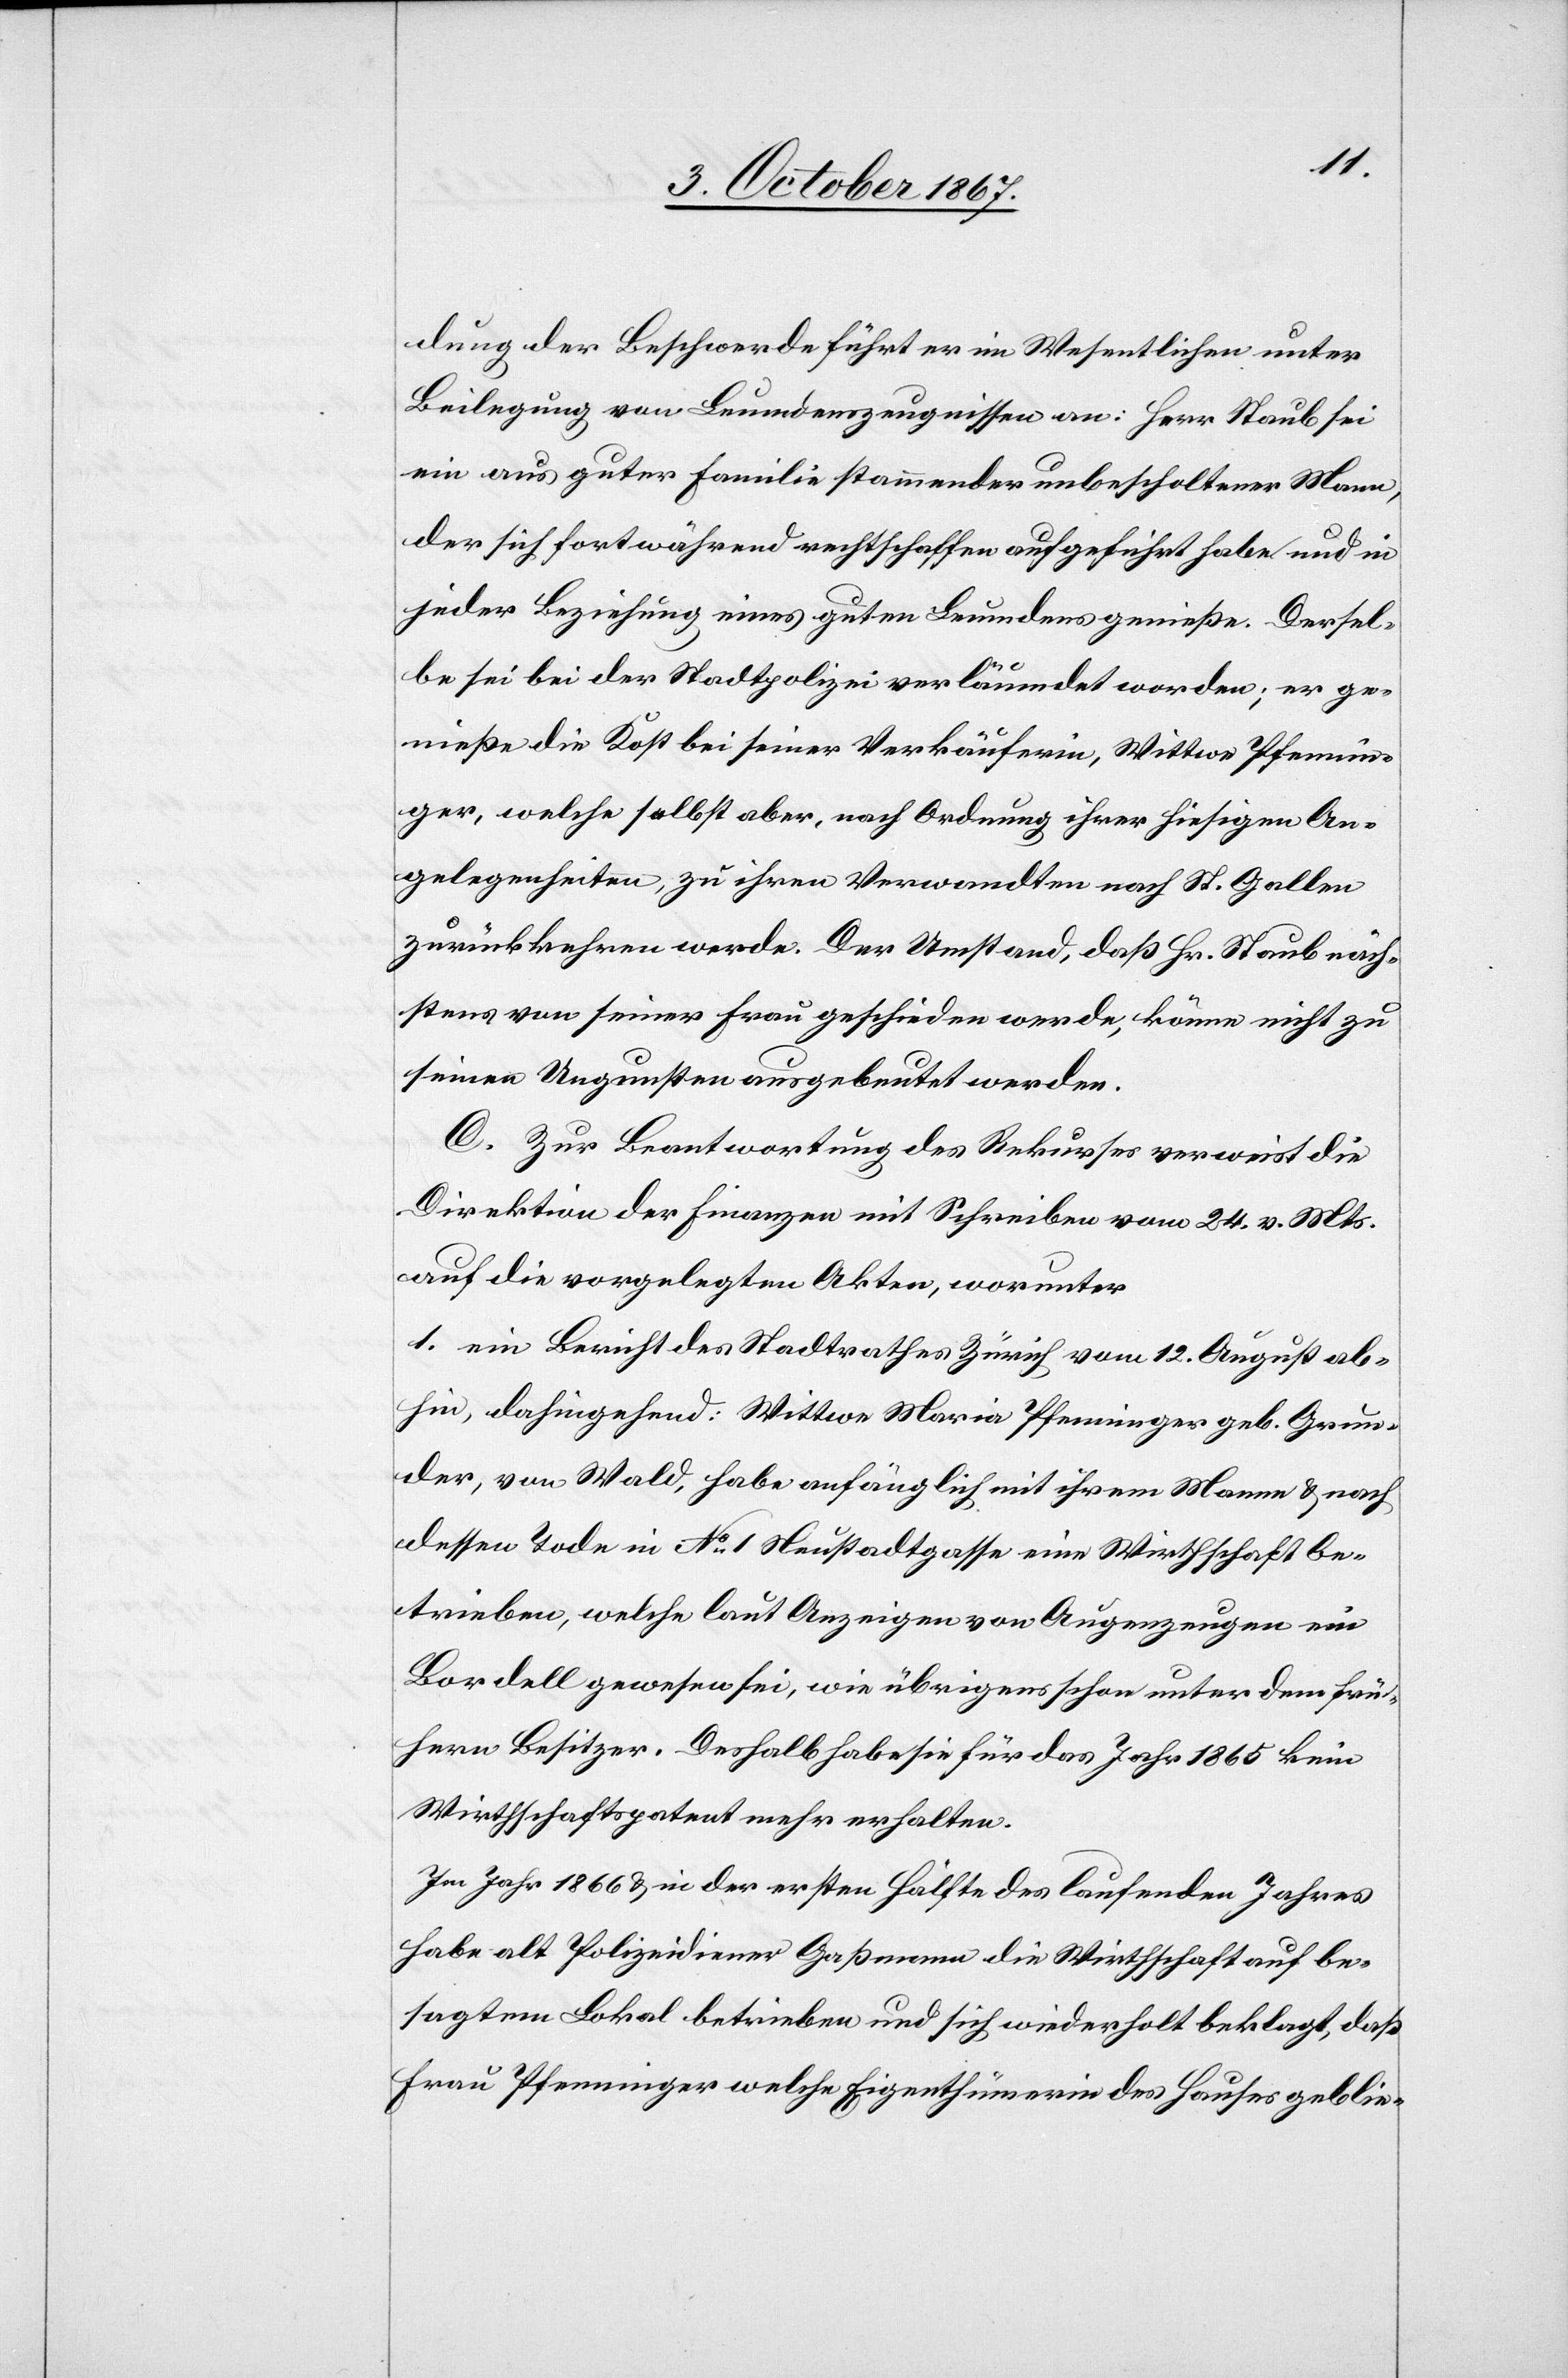
dung der Beschwerde führt er im Wesentlichen unter
Beilegung von Leumdenszeugnissen an: Herr Staub sei
ein aus guter Familie stammender unbescholtener Mann,
der sich fortwährend rechtschaffen aufgeführt habe und in
jeder Beziehung eines guten Leumdens genieße. Dersel¬
be sei bei der Stadtpolizei verläumdet worden, er ge¬
nieße die Kost bei seiner Verkäuferin, Wittwe Pfennin¬
ger, welche selbst aber, nach Ordnung ihrer hiesigen An¬
gelegenheiten, zu ihren Verwandten nach St. Gallen
zurückkehren werde. Der Umstand, daß Hr. Staub näch¬
stens von seiner Frau geschieden werde, könne nicht zu
seinen Ungunsten ausgebeutet werden.
C. Zur Beantwortung des Rekurses verweist die
Direktion der Finanzen mit Schreiben vom 24. v. Mts.
auf die vorgelegten Akten, worunter
1. ein Bericht des Stadtrathes Zürich vom 12. August ab¬
hin, dahingehend: Wittwe Maria Pfenninger geb. Grun¬
der, von Wald, habe anfänglich mit ihrem Manne u. nach
dessen Tode in No. 1 Neustadtgasse eine Wirthschaft be¬
trieben, welche laut Anzeigen von Augenzeugen ein
Bordell gewesen sei, wie übrigens schon unter dem frü¬
hern Besitzer. Deshalb habe sie für das Jahr 1865 kein
Wirthschaftspatent mehr erhalten.
Im Jahr 1866 u. in der ersten Hälfte des laufenden Jahres
habe alt Polizeidiener Gaßmann die Wirthschaft auf be¬
sagtem Lokal betrieben und sich wiederholt beklagt, daß
Frau Pfenninger welche Eigenthümerin des Hauses geblie-